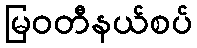
မြဝတီနယ်စပ်